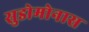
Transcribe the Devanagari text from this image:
सुडोमोनास